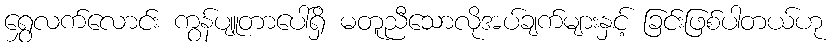
ရွှေလက်လောင်း ကွန်ပျူတာပေါ်ရှိ မတူညီသောလိုအပ်ချက်များနှင့် ခြင်းဖြစ်ပါတယ်ဟု